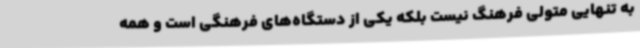
به‌ تنهایی متولی فرهنگ نیست بلکه یکی از دستگاه‌های فرهنگی است و همه